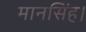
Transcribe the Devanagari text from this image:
मानसिंह।